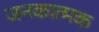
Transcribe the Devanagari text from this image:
जनकात्मक